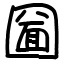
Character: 圙